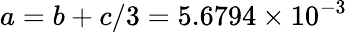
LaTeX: a=b+c/3=5.6794\times 10^{-3}